Problem: 4 × 4 = ?
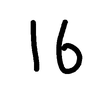
Handwritten answer: 16